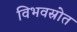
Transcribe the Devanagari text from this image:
विभवस्रोत